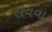
લવવા